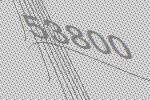
53800